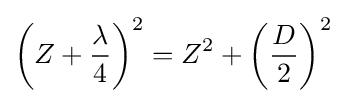
\left(Z+{\frac {\lambda }{4}}\right)^{2}=Z^{2}+\left({\frac {D}{2}}\right)^{2}